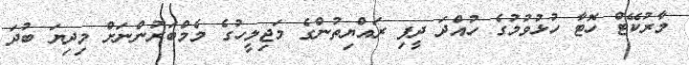
މާރުކޭޓް ހޮޓާ ހުޅުވުމުގެ ހުއްދަ ދީފި ރައްޔިތުންގެ މަޖިލީހުގެ މެމްބަރުންނަށް މިދިޔަ ބުދަ